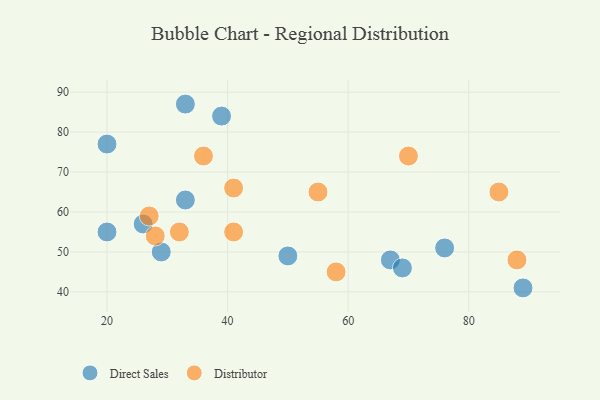
{"axis": {"x": "GDP", "y": "Life Expectancy"}, "legend": ["Direct Sales", "Distributor"], "data": [{"x": "20", "y": 55, "type": "Direct Sales"}, {"x": "67", "y": 48, "type": "Direct Sales"}, {"x": "50", "y": 49, "type": "Direct Sales"}, {"x": "39", "y": 84, "type": "Direct Sales"}, {"x": "89", "y": 41, "type": "Direct Sales"}, {"x": "29", "y": 50, "type": "Direct Sales"}, {"x": "33", "y": 63, "type": "Direct Sales"}, {"x": "26", "y": 57, "type": "Direct Sales"}, {"x": "20", "y": 77, "type": "Direct Sales"}, {"x": "76", "y": 51, "type": "Direct Sales"}, {"x": "69", "y": 46, "type": "Direct Sales"}, {"x": "33", "y": 87, "type": "Direct Sales"}, {"x": "32", "y": 55, "type": "Distributor"}, {"x": "88", "y": 48, "type": "Distributor"}, {"x": "70", "y": 74, "type": "Distributor"}, {"x": "41", "y": 66, "type": "Distributor"}, {"x": "58", "y": 45, "type": "Distributor"}, {"x": "28", "y": 54, "type": "Distributor"}, {"x": "41", "y": 55, "type": "Distributor"}, {"x": "36", "y": 74, "type": "Distributor"}, {"x": "85", "y": 65, "type": "Distributor"}, {"x": "27", "y": 59, "type": "Distributor"}, {"x": "55", "y": 65, "type": "Distributor"}]}